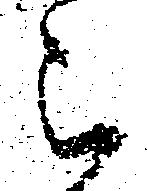
被